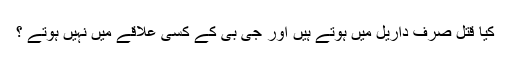
کیا قتل صرف داریل میں ہوتے ہیں اور جی بی کے کسی علاقے میں نہیں ہوتے ؟